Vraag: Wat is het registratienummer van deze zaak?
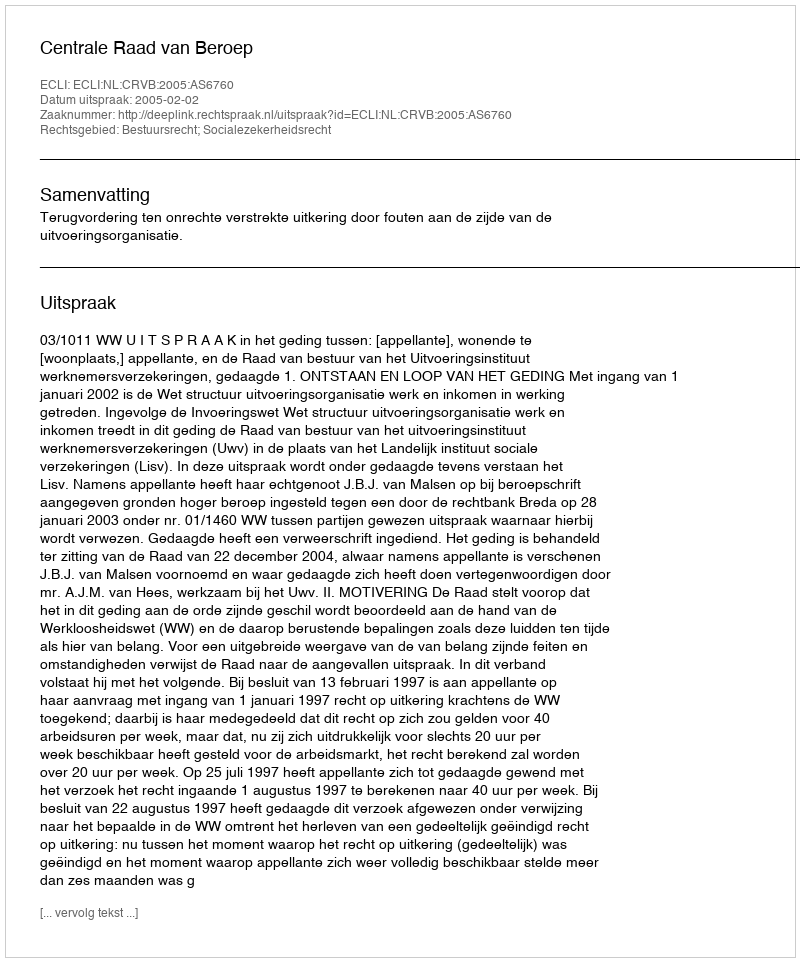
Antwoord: http://deeplink.rechtspraak.nl/uitspraak?id=ECLI:NL:CRVB:2005:AS6760